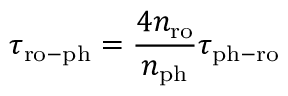
\tau _ { \mathrm { r o - p h } } = \frac { 4 n _ { \mathrm { r o } } } { n _ { \mathrm { p h } } } \tau _ { \mathrm { p h - r o } }